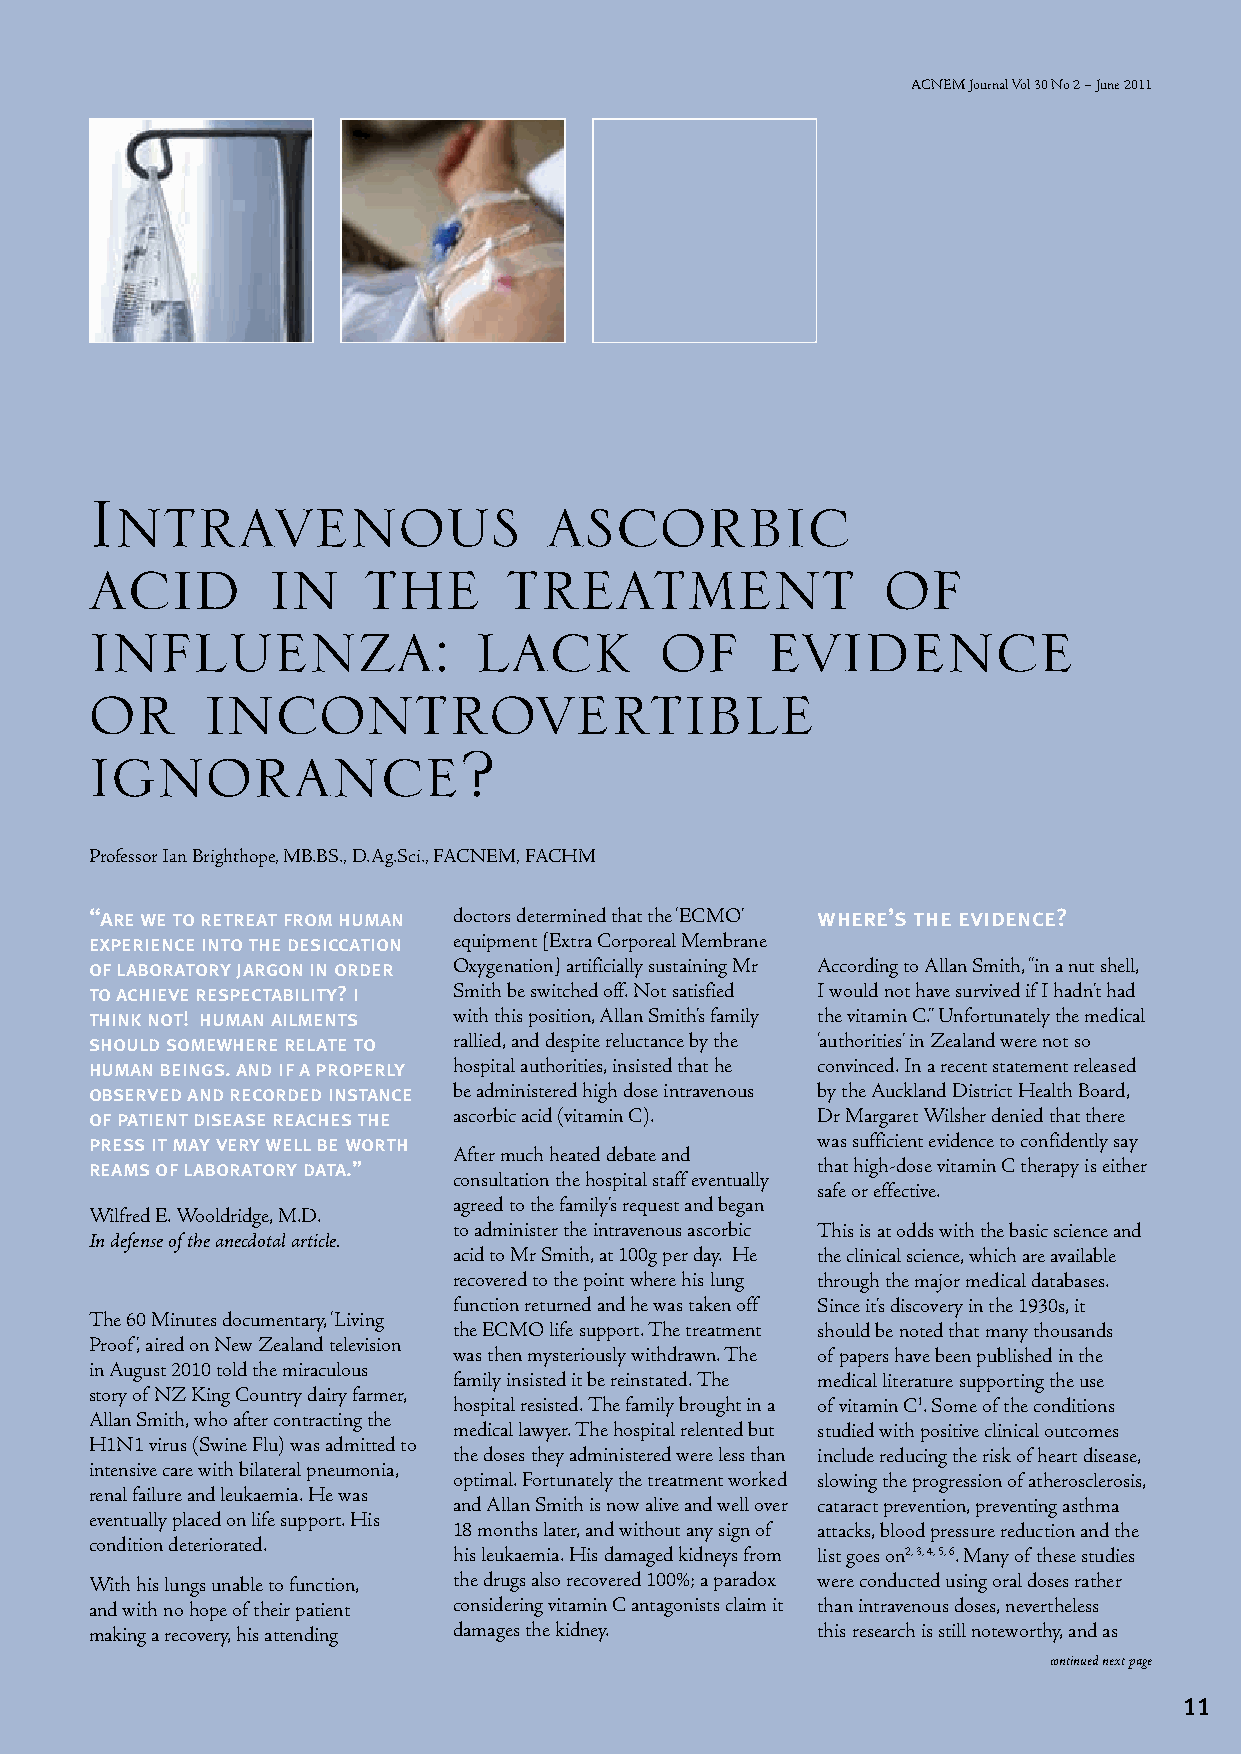
ACNEM Journal Vol 30 No 2 – June 2011
 Intravenous                   ascorbic
 acid        in    the      treatment                of
 influenza:               lack         of     evidence
 or     incontrovertible
 ignorance?
 Professor Ian Brighthope, MB.BS., D.Ag.Sci., FACNEM, FACHM
 “are we to retreat from human doctors determined that the ‘ECMO’ where’s the evidence?
 experience into the desiccation equipment [Extra Corporeal Membrane
 of laboratory jargon in order Oxygenation] artificially sustaining Mr According to Allan Smith, “in a nut shell,
 to achieve respectability? i Smith be switched off. Not satisfied I would not have survived if I hadn’t had
 think not! human ailments with this position, Allan Smith’s family the vitamin C.” Unfortunately the medical
 should somewhere relate to rallied, and despite reluctance by the ‘authorities’ in Zealand were not so
 human beings. and if a properly hospital authorities, insisted that he convinced. In a recent statement released
 observed and recorded instance be administered high dose intravenous by the Auckland District Health Board,
 of patient disease reaches the ascorbic acid (vitamin C). Dr Margaret Wilsher denied that there
 press it may very well be worth                 was sufficient evidence to confidently say
 After much heated debate and
 reams of laboratory data.”                      that high-dose vitamin C therapy is either
 consultation the hospital staff eventually
 safe or effective.
 agreed to the family’s request and began
 Wilfred E. Wooldridge, M.D.
 to administer the intravenous ascorbic This is at odds with the basic science and
 In defense of the anecdotal article.
 acid to Mr Smith, at 100g per day. He the clinical science, which are available
 recovered to the point where his lung through the major medical databases.
 function returned and he was taken off Since it’s discovery in the 1930s, it
 The 60 Minutes documentary, ‘Living
 the ECMO life support. The treatment should be noted that many thousands
 Proof’, aired on New Zealand television
 was then mysteriously withdrawn. The of papers have been published in the
 in August 2010 told the miraculous
 family insisted it be reinstated. The medical literature supporting the use
 story of NZ King Country dairy farmer,
 hospital resisted. The family brought in a of vitamin C1. Some of the conditions
 Allan Smith, who after contracting the
 medical lawyer. The hospital relented but studied with positive clinical outcomes
 H1N1 virus (Swine Flu) was admitted to
 the doses they administered were less than include reducing the risk of heart disease,
 intensive care with bilateral pneumonia,
 optimal. Fortunately the treatment worked slowing the progression of atherosclerosis,
 renal failure and leukaemia. He was
 and Allan Smith is now alive and well over cataract prevention, preventing asthma
 eventually placed on life support. His
 18 months later, and without any sign of attacks, blood pressure reduction and the
 condition deteriorated.
 his leukaemia. His damaged kidneys from list goes on2, 3, 4, 5, 6. Many of these studies
 With his lungs unable to function, the drugs also recovered 100%; a paradox were conducted using oral doses rather
 and with no hope of their patient considering vitamin C antagonists claim it than intravenous doses, nevertheless
 making a recovery, his attending damages the kidney. this research is still noteworthy, and as
 continued next page
 11